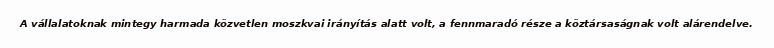
A vállalatoknak mintegy harmada közvetlen moszkvai irányítás alatt volt, a fennmaradó része a köztársaságnak volt alárendelve.